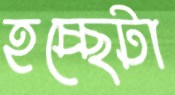
হচ্ছেটা